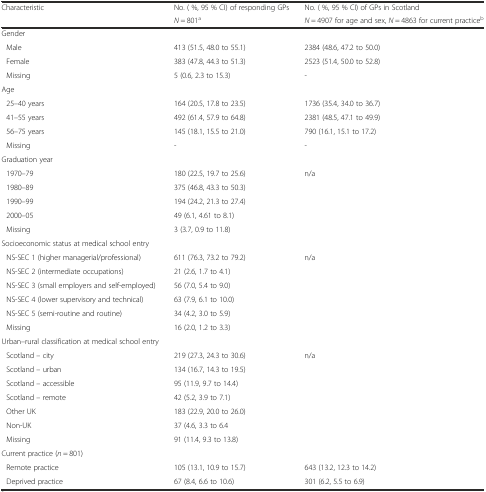
<table><thead><tr><td rowspan="2"><b>Characteristic</b></td><td><b>No. ( %, 95 % CI) of responding GPs</b></td><td><b>No. ( %, 95 % CI) of GPs in Scotland</b></td></tr><tr><td><b><i>N</i> = 801<sup>a</sup></b></td><td><b><i>N</i> = 4907 for age and sex, <i>N</i> = 4863 for current practice<sup>b</sup></b></td></tr></thead><tbody><tr><td>Gender</td><td></td><td></td></tr><tr><td>Male</td><td>413 (51.5, 48.0 to 55.1)</td><td>2384 (48.6, 47.2 to 50.0)</td></tr><tr><td>Female</td><td>383 (47.8, 44.3 to 51.3)</td><td>2523 (51.4, 50.0 to 52.8)</td></tr><tr><td>Missing</td><td>5 (0.6, 2.3 to 15.3)</td><td>-</td></tr><tr><td>Age</td><td></td><td></td></tr><tr><td>25–40 years</td><td>164 (20.5, 17.8 to 23.5)</td><td>1736 (35.4, 34.0 to 36.7)</td></tr><tr><td>41–55 years</td><td>492 (61.4, 57.9 to 64.8)</td><td>2381 (48.5, 47.1 to 49.9)</td></tr><tr><td>56–75 years</td><td>145 (18.1, 15.5 to 21.0)</td><td>790 (16.1, 15.1 to 17.2)</td></tr><tr><td>Missing</td><td>-</td><td>-</td></tr><tr><td>Graduation year</td><td></td><td></td></tr><tr><td>1970–79</td><td>180 (22.5, 19.7 to 25.6)</td><td>n/a</td></tr><tr><td>1980–89</td><td>375 (46.8, 43.3 to 50.3)</td><td></td></tr><tr><td>1990–99</td><td>194 (24.2, 21.3 to 27.4)</td><td></td></tr><tr><td>2000–05</td><td>49 (6.1, 4.61 to 8.1)</td><td></td></tr><tr><td>Missing</td><td>3 (3.7, 0.9 to 11.8)</td><td></td></tr><tr><td>Socioeconomic status at medical school entry</td><td></td><td></td></tr><tr><td>NS-SEC 1 (higher managerial/professional)</td><td>611 (76.3, 73.2 to 79.2)</td><td>n/a</td></tr><tr><td>NS-SEC 2 (intermediate occupations)</td><td>21 (2.6, 1.7 to 4.1)</td><td></td></tr><tr><td>NS-SEC 3 (small employers and self-employed)</td><td>56 (7.0, 5.4 to 9.0)</td><td></td></tr><tr><td>NS-SEC 4 (lower supervisory and technical)</td><td>63 (7.9, 6.1 to 10.0)</td><td></td></tr><tr><td>NS-SEC 5 (semi-routine and routine)</td><td>34 (4.2, 3.0 to 5.9)</td><td></td></tr><tr><td>Missing</td><td>16 (2.0, 1.2 to 3.3)</td><td></td></tr><tr><td>Urban–rural classification at medical school entry</td><td></td><td></td></tr><tr><td>Scotland – city</td><td>219 (27.3, 24.3 to 30.6)</td><td>n/a</td></tr><tr><td>Scotland – urban</td><td>134 (16.7, 14.3 to 19.5)</td><td></td></tr><tr><td>Scotland – accessible</td><td>95 (11.9, 9.7 to 14.4)</td><td></td></tr><tr><td>Scotland – remote</td><td>42 (5.2, 3.9 to 7.1)</td><td></td></tr><tr><td>Other UK</td><td>183 (22.9, 20.0 to 26.0)</td><td></td></tr><tr><td>Non-UK</td><td>37 (4.6, 3.3 to 6.4</td><td></td></tr><tr><td>Missing</td><td>91 (11.4, 9.3 to 13.8)</td><td></td></tr><tr><td>Current practice (<i>n</i> = 801)</td><td></td><td></td></tr><tr><td>Remote practice</td><td>105 (13.1, 10.9 to 15.7)</td><td>643 (13.2, 12.3 to 14.2)</td></tr><tr><td>Deprived practice</td><td>67 (8.4, 6.6 to 10.6)</td><td>301 (6.2, 5.5 to 6.9)</td></tr></tbody></table>